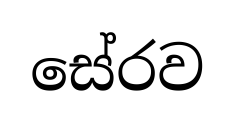
සේරව